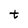
Character: t